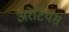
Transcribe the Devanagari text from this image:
अरेटियस